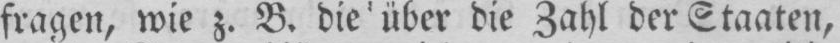
fragen, wie z. B. die über die Zahl der Staaten,